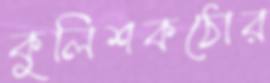
কুলিশকঠোর